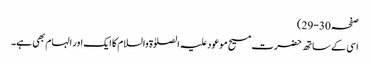
صفحہ 30-29)
اسی کے ساتھ حضرت مسیح موعود علیہ الصلوٰۃ والسلام کا ایک اور الہام بھی ہے۔